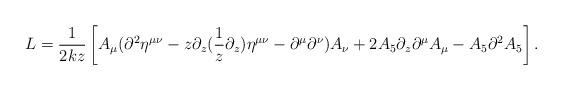
LaTeX: \begin{align*}L = \frac{1}{2kz}\left[A_\mu( \partial^2 \eta^{\mu\nu}-z\partial_z(\frac{1}{z}\partial_z) \eta^{\mu\nu} -\partial^\mu\partial^\nu) A_\nu + 2A_5\partial_z \partial^\mu A_\mu -A_5 \partial^2 A_5\right].\end{align*}